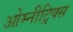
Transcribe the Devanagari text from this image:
ओम्नीट्रिक्स